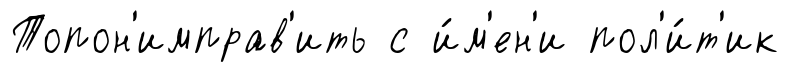
Топон'имправ'ить с и́м'ен'и пол'и́т'ик